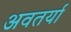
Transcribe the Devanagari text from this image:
अवतर्या